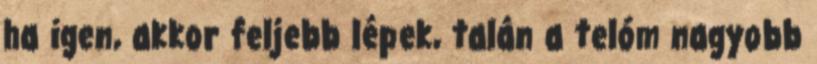
ha igen, akkor feljebb lépek, talán a telóm nagyobb